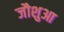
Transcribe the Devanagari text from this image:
जौशुआ